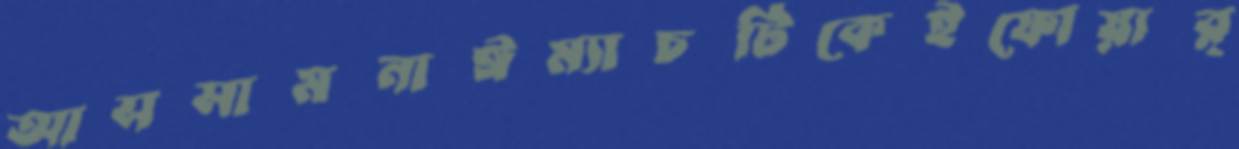
আসসামনাঈম্যাচটিকেইফোয়ার্